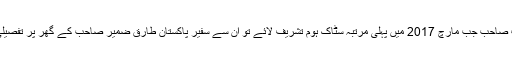
ڈاکٹر امجد ثاقب صاحب جب مارچ 2017 میں پہلی مرتبہ سٹاک ہوم تشریف لائے تو ان سے سفیر پاکستان طارق ضمیر صاحب کے گھر پر تفصیلی ملاقات ہوئی ۔